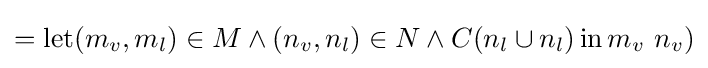
=\operatorname {let} (m_{v},m_{l})\in M\land (n_{v},n_{l})\in N\land C(n_{l}\cup n_{l})\operatorname {in} m_{v}\ n_{v})